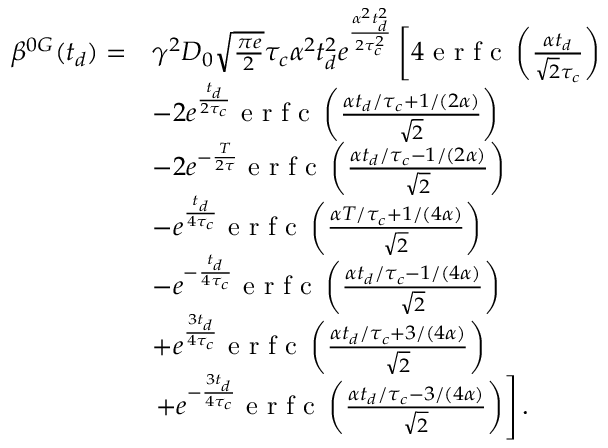
\begin{array} { r l } { \beta ^ { 0 G } ( t _ { d } ) = } & { \gamma ^ { 2 } D _ { 0 } \sqrt { \frac { \pi e } { 2 } } \tau _ { c } \alpha ^ { 2 } t _ { d } ^ { 2 } e ^ { \frac { \alpha ^ { 2 } t _ { d } ^ { 2 } } { 2 \tau _ { c } ^ { 2 } } } \left[ 4 \textrm { e r f c } \left( \frac { \alpha t _ { d } } { \sqrt { 2 } \tau _ { c } } \right) \right. } \\ & { - 2 e ^ { \frac { t _ { d } } { 2 \tau _ { c } } } \textrm { e r f c } \left( \frac { \alpha t _ { d } / \tau _ { c } + 1 / ( 2 \alpha ) } { \sqrt { 2 } } \right) } \\ & { - 2 e ^ { - \frac { T } { 2 \tau } } \textrm { e r f c } \left( \frac { \alpha t _ { d } / \tau _ { c } - 1 / ( 2 \alpha ) } { \sqrt { 2 } } \right) } \\ & { - e ^ { \frac { t _ { d } } { 4 \tau _ { c } } } \textrm { e r f c } \left( \frac { \alpha T / \tau _ { c } + 1 / ( 4 \alpha ) } { \sqrt { 2 } } \right) } \\ & { - e ^ { - \frac { t _ { d } } { 4 \tau _ { c } } } \textrm { e r f c } \left( \frac { \alpha t _ { d } / \tau _ { c } - 1 / ( 4 \alpha ) } { \sqrt { 2 } } \right) } \\ & { + e ^ { \frac { 3 t _ { d } } { 4 \tau _ { c } } } \textrm { e r f c } \left( \frac { \alpha t _ { d } / \tau _ { c } + 3 / ( 4 \alpha ) } { \sqrt { 2 } } \right) } \\ & { \left. + e ^ { - \frac { 3 t _ { d } } { 4 \tau _ { c } } } \textrm { e r f c } \left( \frac { \alpha t _ { d } / \tau _ { c } - 3 / ( 4 \alpha ) } { \sqrt { 2 } } \right) \right] . } \end{array}